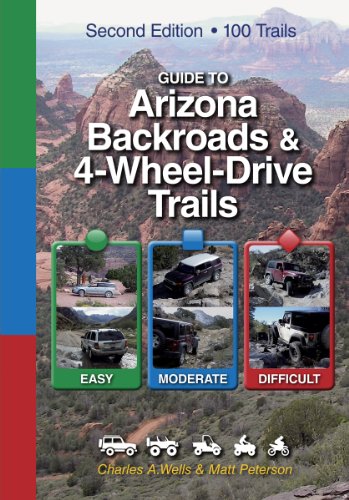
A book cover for Guide to Arizona Backroads & 4-Wheel-Drive Trails 2nd Edition; Charles A. Wells; Engineering & Transportation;